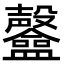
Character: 𥃟